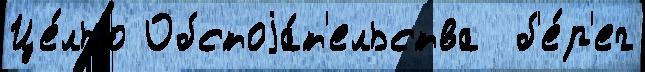
Це́лью Обстоjа́т'ельства  б'е́р'ег